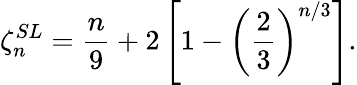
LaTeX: \zeta_{n}^{SL}=\frac{n}{9}+2\left[1-\left(\frac{2}{3}\right)^{n/3}\right].